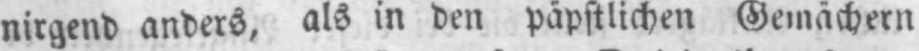
nirgend anders, als in den päpstlichen Gemächern